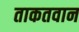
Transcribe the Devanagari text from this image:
ताकतवान